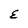
Character: E